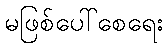
မဖြစ်ပေါ်စေရေး